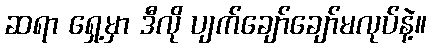
ဆရာ ရှေ့မှာ ဒီလို ပျက်ချော်ချော်မလုပ်နဲ့။